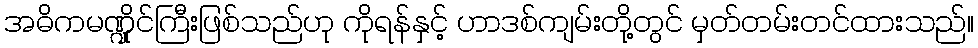
အဓိကမဏ္ဍိုင်ကြီးဖြစ်သည်ဟု ကိုရန်နှင့် ဟာဒစ်ကျမ်းတို့တွင် မှတ်တမ်းတင်ထားသည်။